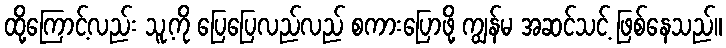
ထို့ကြောင့်လည်း သူ့ကို ပြေပြေလည်လည် စကားပြောဖို့ ကျွန်မ အဆင်သင့် ဖြစ်နေသည်။